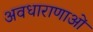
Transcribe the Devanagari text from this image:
अवधाराणाओं